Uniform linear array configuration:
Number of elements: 48
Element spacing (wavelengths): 0.25
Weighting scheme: uniform
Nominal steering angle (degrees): -60
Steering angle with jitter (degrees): -58.688
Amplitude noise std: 0.05
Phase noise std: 0.05

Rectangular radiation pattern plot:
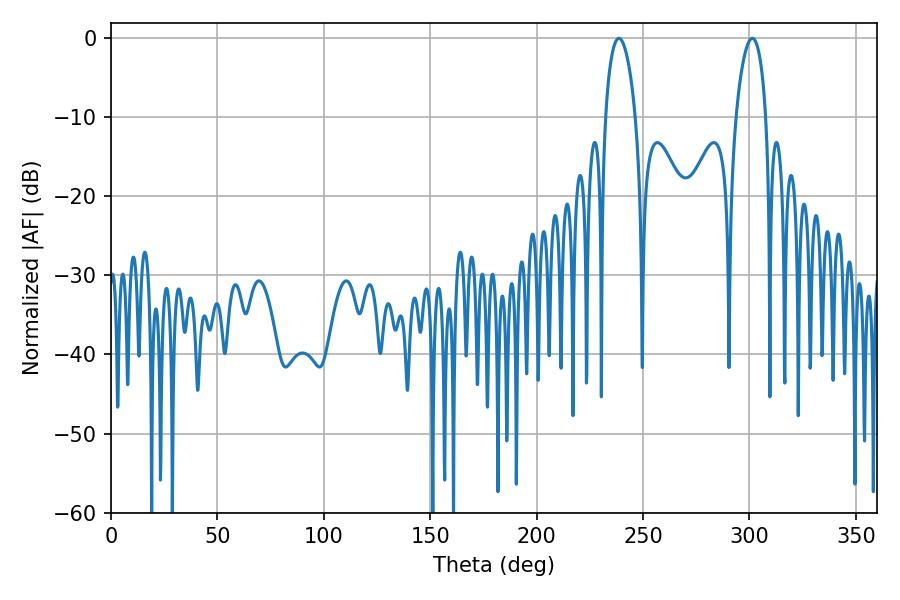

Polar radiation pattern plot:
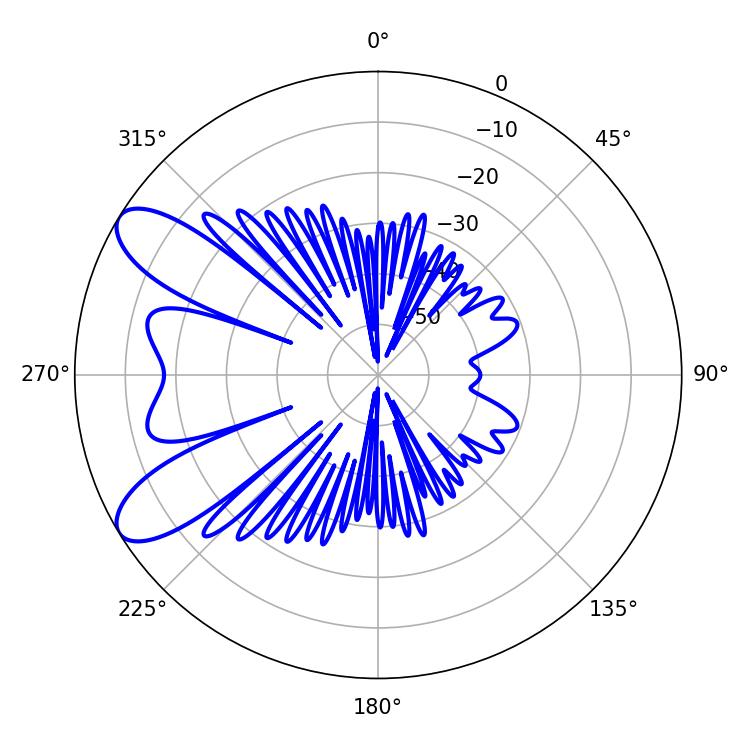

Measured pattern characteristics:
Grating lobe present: FALSE
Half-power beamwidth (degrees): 7.92
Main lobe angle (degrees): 238.68